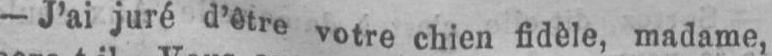
- J’aijuré d’être votre chien fidèle, madame,